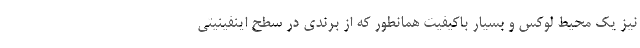
نیز یک محیط لوکس و بسیار باکیفیت همانطور که از برندی در سطح اینفینیتی